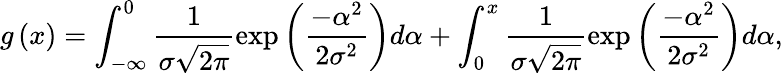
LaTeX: g\left(x\right)=\int_{-\infty}^{0}\frac{1}{\sigma\sqrt{2\pi}}\exp\left(\frac{-\alpha^{2}}{2\sigma^{2}}\right)d\alpha+\int_{0}^{x}\frac{1}{\sigma\sqrt{2\pi}}\exp\left(\frac{-\alpha^{2}}{2\sigma^{2}}\right)d\alpha,